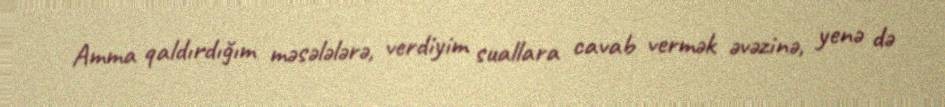
Amma qaldırdığım məsələlərə, verdiyim suallara cavab vermək əvəzinə, yenə də